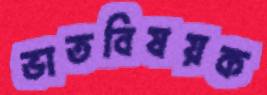
ভাতবিষয়ক